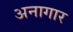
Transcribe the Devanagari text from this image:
अनागार